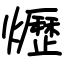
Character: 爏